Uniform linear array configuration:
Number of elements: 4
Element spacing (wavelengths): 0.75
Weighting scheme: hann
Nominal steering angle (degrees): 0
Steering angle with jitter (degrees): -0.8424
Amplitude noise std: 0.05
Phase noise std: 0.05

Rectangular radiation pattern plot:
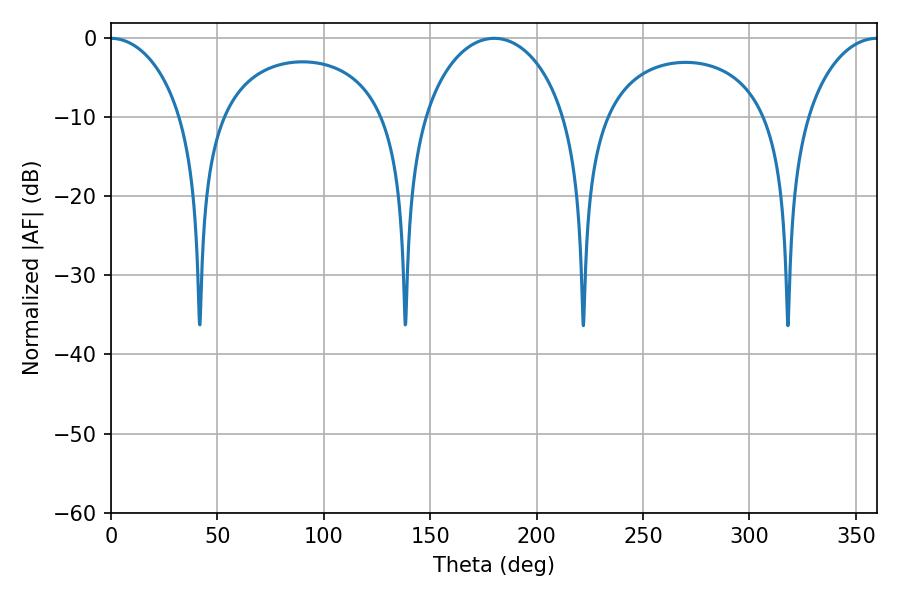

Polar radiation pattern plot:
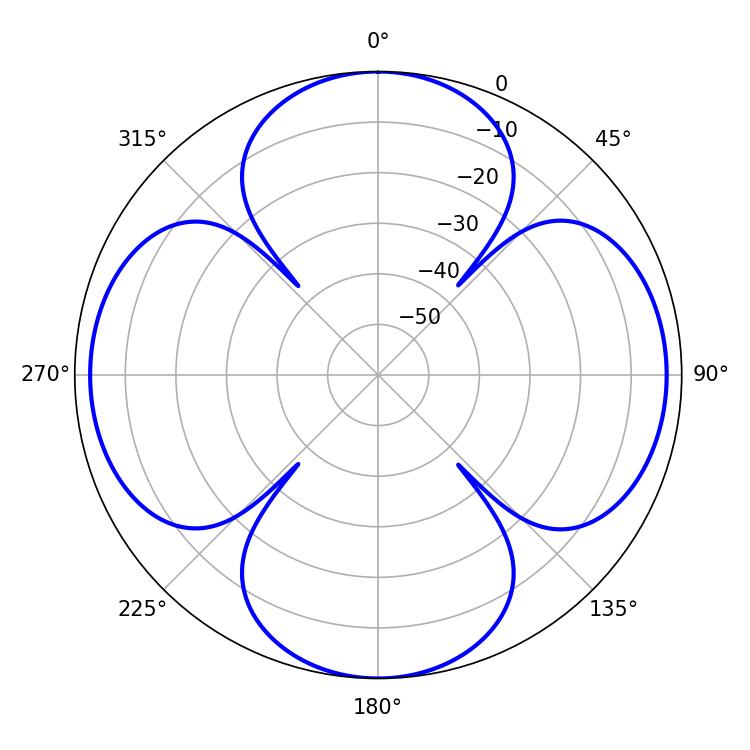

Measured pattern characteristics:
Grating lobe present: TRUE
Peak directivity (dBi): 24.616
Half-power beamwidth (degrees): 38.7
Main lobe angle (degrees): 180.18